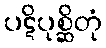
ပဋိပုစ္ဆိတုံ